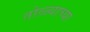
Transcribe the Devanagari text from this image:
तोळ्याच्या